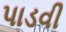
પાડવી